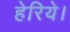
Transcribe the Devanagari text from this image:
हेरिये।